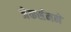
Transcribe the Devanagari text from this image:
जेकर्सनने